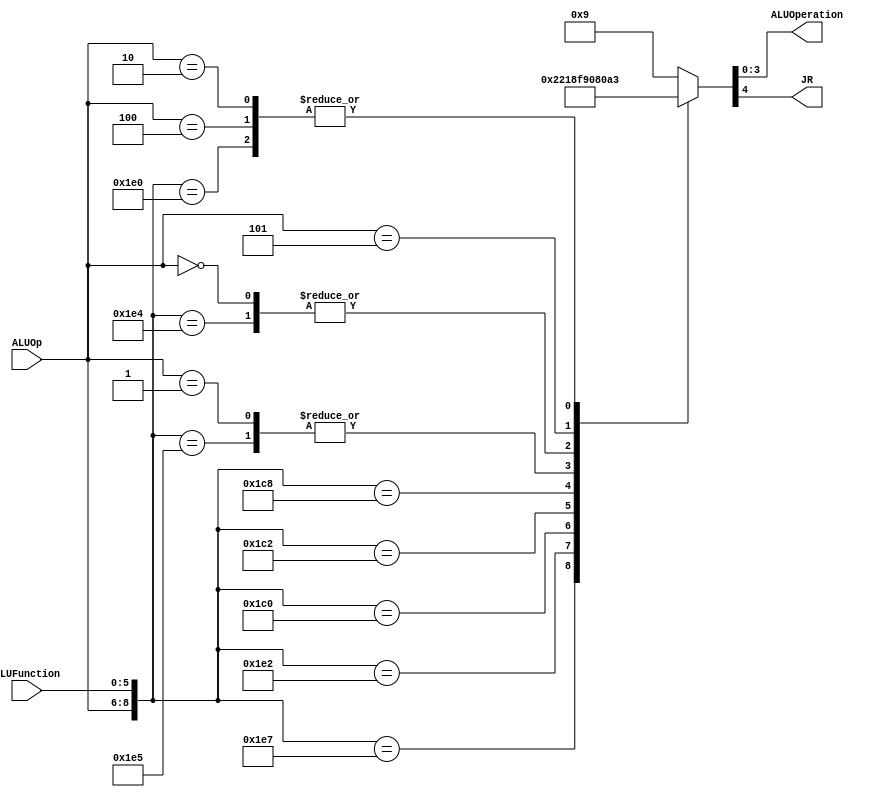
module ALUControl
(
	input [2:0] ALUOp,
	input [5:0] ALUFunction,
	output [3:0] ALUOperation,
	output JR
);

localparam R_Type_AND    = 9'b0111_100100;
localparam R_Type_OR     = 9'b0111_100101;
localparam R_Type_NOR    = 9'b0111_100111;
localparam R_Type_ADD    = 9'b0111_100000;
localparam R_Type_SUB    = 9'b0111_100010;
localparam R_Type_JR     = 9'b0111_001000;
localparam I_Type_ANDI   = 9'b0000_xxxxxx;	 
localparam I_Type_ADDI   = 9'b0100_xxxxxx;
localparam I_Type_ORI    = 9'b0001_xxxxxx;
localparam I_Type_LUI    = 9'b0101_xxxxxx;

localparam I_Type_BEQ    = 9'b1101_xxxxxx;
localparam I_Type_BNE    = 9'b1101_xxxxxx;

localparam R_Type_SLL 	 = 9'b0111_000000;
localparam R_Type_SRL	 = 9'b0111_000010;
localparam I_Type_LW     = 9'b1001_xxxxxx;
localparam I_Type_SW     = 9'b1010_xxxxxx;
localparam J_Type_J      = 9'b0101_xxxxxx;
localparam J_Type_JAL    = 9'b0101_xxxxxx;


reg [4:0] ALUControlValues;
wire [8:0] Selector;

assign Selector = {ALUOp, ALUFunction};

always@(Selector)begin
	casex(Selector)
		R_Type_AND:    ALUControlValues = 5'b00000;
		R_Type_OR: 		ALUControlValues = 5'b00001;
		R_Type_NOR:    ALUControlValues = 5'b00010;
		R_Type_ADD:    ALUControlValues = 5'b00011;
		R_Type_SUB:    ALUControlValues = 5'b00100;
		R_Type_SLL: 	ALUControlValues = 5'b00110;
		R_Type_SRL: 	ALUControlValues = 5'b00111;
		R_Type_JR:     ALUControlValues = 5'b11001; //jr
		I_Type_ADDI:   ALUControlValues = 5'b00011;
		I_Type_ORI:    ALUControlValues = 5'b00001;
		I_Type_ANDI:   ALUControlValues = 5'b00000;
		I_Type_LUI:    ALUControlValues = 5'b00101;
		I_Type_ANDI:   ALUControlValues = 5'b00000;
		I_Type_BEQ:    ALUControlValues = 5'b01000;
		I_Type_BNE:    ALUControlValues = 5'b01000;
		I_Type_LW:		ALUControlValues = 5'b00011;
		I_Type_SW:		ALUControlValues = 5'b00011;
		J_Type_J:     ALUControlValues  = 5'b00101;
		J_Type_JAL:   ALUControlValues  = 5'b00101;
		
		default: ALUControlValues = 5'b01001;
	endcase
end

assign JR = ALUControlValues[4];
assign ALUOperation = ALUControlValues;


endmodule